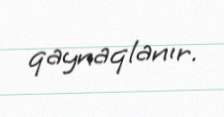
qaynaqlanır.